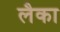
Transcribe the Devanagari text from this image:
लैका